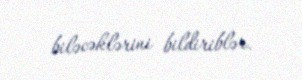
biləcəklərini bildiriblər.